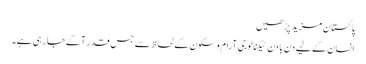
پاکستان مزید پڑھیں
انسان کے لیے دن با دن ٹیکنالوجی آرام وسکون کے لحاظ سے جس قدر آگے جا رہی ہے۔